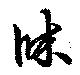
牀